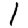
Digit: 1